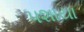
પશાયા